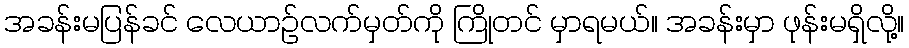
အခန်းမပြန်ခင် လေယာဉ်လက်မှတ်ကို ကြိုတင် မှာရမယ်။ အခန်းမှာ ဖုန်းမရှိလို့။